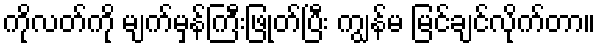
ကိုလတ်ကို မျက်မှန်ကြီးဖြုတ်ပြီး ကျွန်မ မြင်ချင်လိုက်တာ။